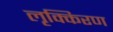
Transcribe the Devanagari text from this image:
लृक्किरण